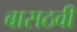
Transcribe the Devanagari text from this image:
बासठवीं